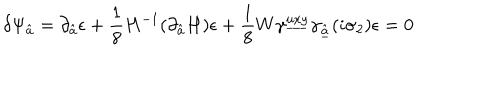
LaTeX: \delta \Psi _ { \hat { a } } = \partial _ { \hat { a } } \epsilon + { \frac { 1 } { 8 } } H ^ { - 1 } ( \partial _ { \hat { a } } H ) \epsilon + { \frac { 1 } { 8 } } W \gamma ^ { \underline { { { u x y } } } } \gamma _ { \underline { { { \hat { a } } } } } ( i \sigma _ { 2 } ) \epsilon = 0 \,